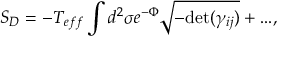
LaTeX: S _ { D } = - T _ { e f f } \int d ^ { 2 } \sigma e ^ { - \Phi } \sqrt { - \mathrm { d e t } ( \gamma _ { i j } ) } + . . . ,